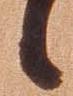
候